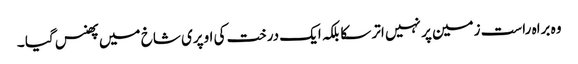
وہ براہ راست زمین پر نہیں اتر سکا بلکہ ایک درخت کی اوپری شاخ میں پھنس گیا ۔